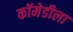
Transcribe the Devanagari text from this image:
कॉमेडीला